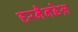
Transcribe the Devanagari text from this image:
हरनैनडेज़